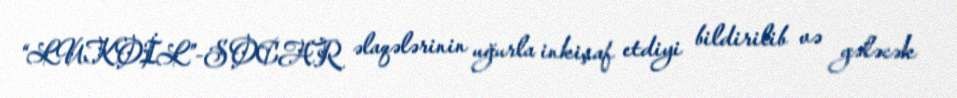
“LUKOİL”-SOCAR əlaqələrinin uğurla inkişaf etdiyi bildirilib və gələcək